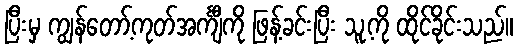
ပြီးမှ ကျွန်တော့်ကုတ်အင်္ကျီကို ဖြန့်ခင်းပြီး သူ့ကို ထိုင်ခိုင်းသည်။